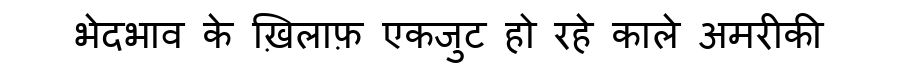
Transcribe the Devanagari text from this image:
भेदभाव के ख़िलाफ़ एकजुट हो रहे काले अमरीकी